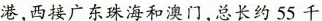
港，西接广东珠海和澳门，总长约55千